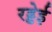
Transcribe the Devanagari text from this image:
रड्डेई